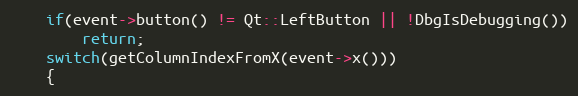
Language: C++
    if(event->button() != Qt::LeftButton || !DbgIsDebugging())
        return;
    switch(getColumnIndexFromX(event->x()))
    {